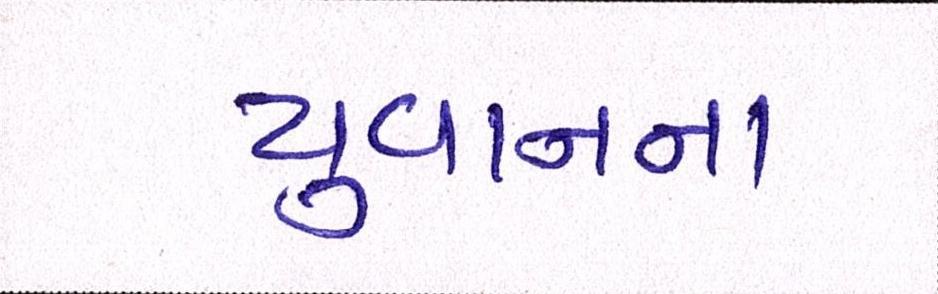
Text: યુવાનના